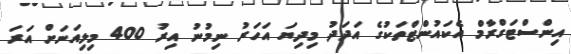
އިންސްޓަގްރާމް އެކައުންޓްތަކުގެ އަދަދު މިދިޔަ އަހަރު ނިމުނު އިރު 400 މިލިއަނަށް އަރަ